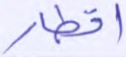
أقطار